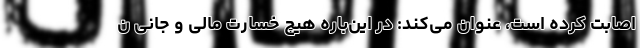
اصابت کرده است، عنوان می‌کند: در این‌باره هیچ خسارت مالی و جانی ن